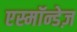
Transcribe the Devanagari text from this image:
एस्मॉन्डेज़